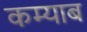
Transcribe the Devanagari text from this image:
कम्याब